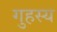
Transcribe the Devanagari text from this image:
गुहस्य